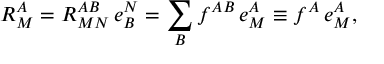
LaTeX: R _ { M } ^ { A } = R _ { M N } ^ { A B } \, e _ { B } ^ { N } = \sum _ { B } f ^ { A B } \, e _ { M } ^ { A } \equiv f ^ { A } \, e _ { M } ^ { A } ,